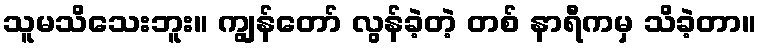
သူမသိသေးဘူး။ ကျွန်တော် လွန်ခဲ့တဲ့ တစ် နာရီကမှ သိခဲ့တာ။